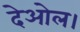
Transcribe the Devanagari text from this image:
देओल।